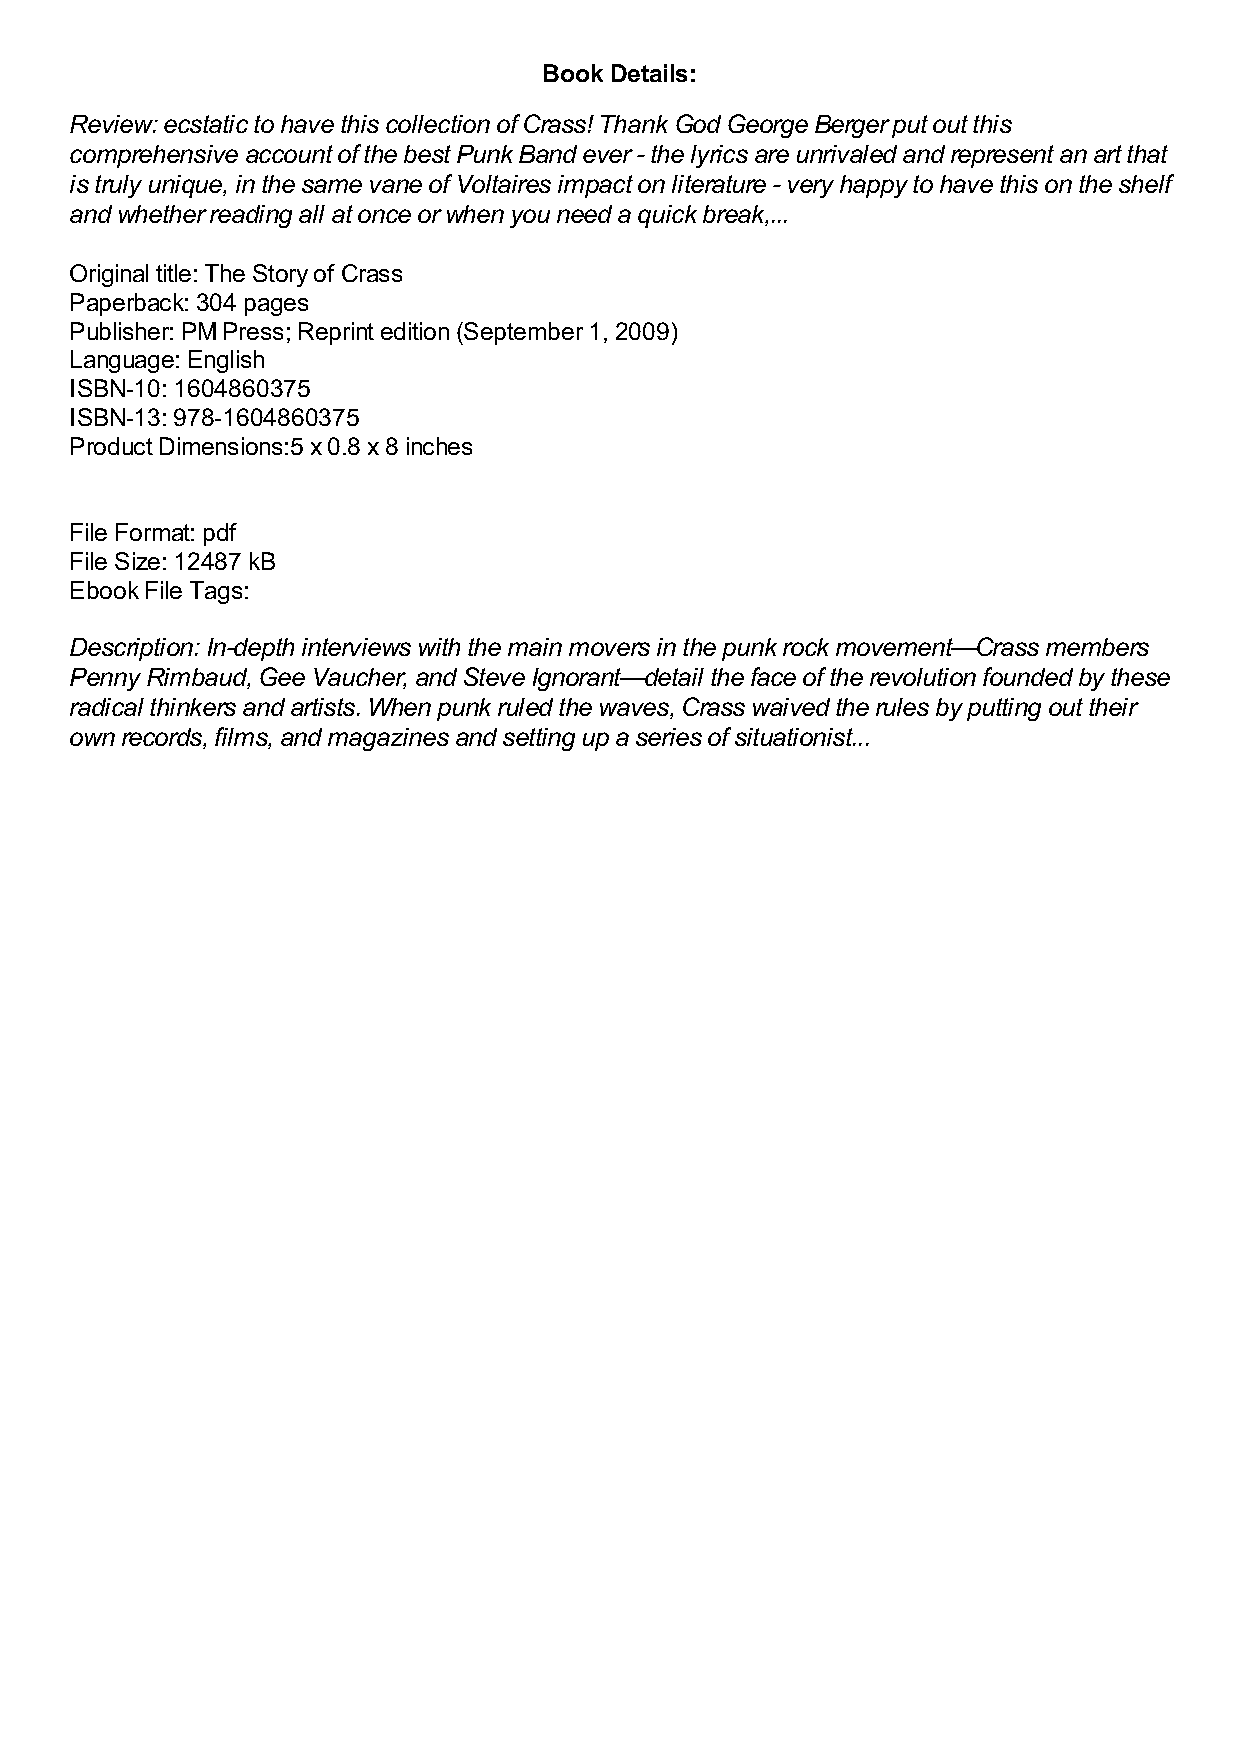
Book Details:
 Review: ecstatic to have this collection of Crass! Thank God George Berger put out this
 comprehensive account of the best Punk Band ever - the lyrics are unrivaled and represent an art that
 is truly unique, in the same vane of Voltaires impact on literature - very happy to have this on the shelf
 and whether reading all at once or when you need a quick break,...
 Original title: The Story of Crass
 Paperback: 304 pages
 Publisher: PM Press; Reprint edition (September 1, 2009)
 Language: English
 ISBN-10: 1604860375
 ISBN-13: 978-1604860375
 Product Dimensions:5 x 0.8 x 8 inches
 File Format: pdf
 File Size: 12487 kB
 Ebook File Tags:
 Description: In-depth interviews with the main movers in the punk rock movement—Crass members
 Penny Rimbaud, Gee Vaucher, and Steve Ignorant—detail the face of the revolution founded by these
 radical thinkers and artists. When punk ruled the waves, Crass waived the rules by putting out their
 own records, films, and magazines and setting up a series of situationist...